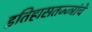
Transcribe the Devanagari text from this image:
इतिहासतज्ज्ञांचे